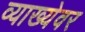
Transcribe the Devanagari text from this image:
व्याख्येवर